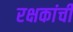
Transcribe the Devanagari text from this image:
रक्षकांची